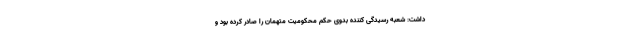
داشت: شعبه رسیدگی کننده بدوی حکم محکومیت متهمان را صادر کرده بود و